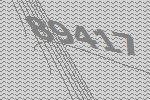
89417